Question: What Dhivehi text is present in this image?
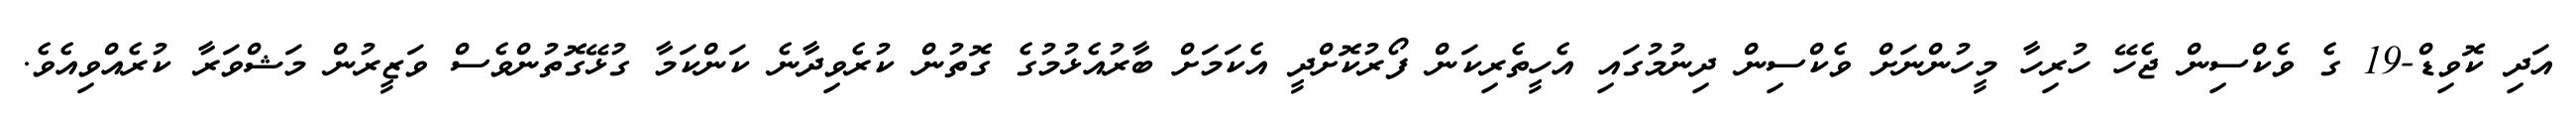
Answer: އަދި ކޮވިޑް-19 ގެ ވެކްސިން ޖެހޭ ހުރިހާ މީހުންނަށް ވެކްސިން ދިނުމުގައި އެހީތެރިކަން ފޯރުކޮށްދީ އެކަމަށް ބާރުއެޅުމުގެ ގޮތުން ކުރެވިދާނެ ކަންކަމާ ގުޅޭގޮތުންވެސް ވަޒީރުން މަޝްވަރާ ކުރެއްވިއެވެ.